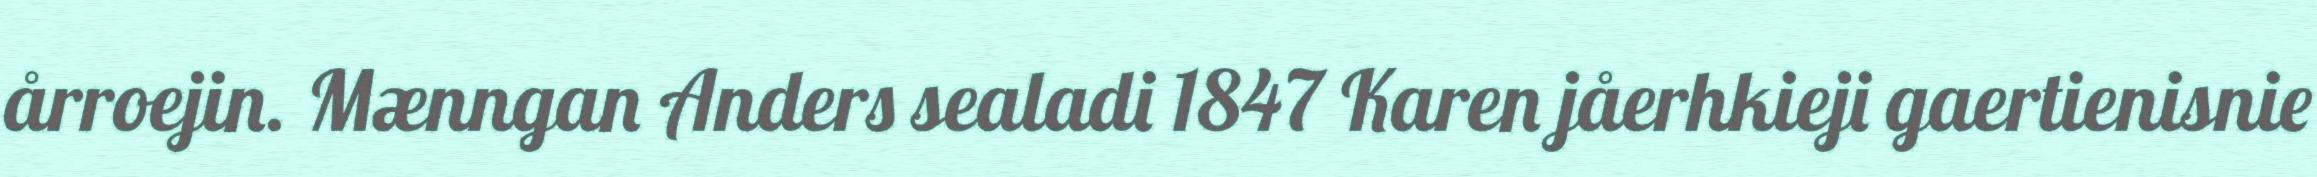
årroejin. Mænngan Anders sealadi 1847 Karen jåerhkieji gaertienisnie